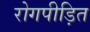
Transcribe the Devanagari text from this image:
रोगपीड़ित